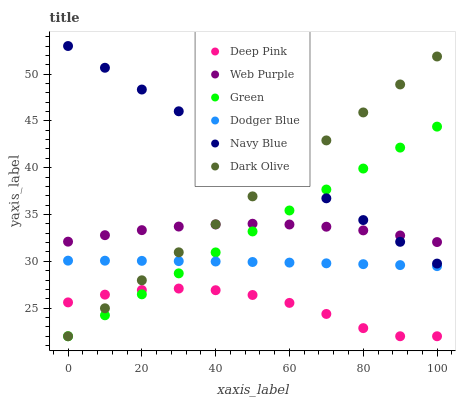
| xaxis_label | Deep Pink | Web Purple | Green | Dodger Blue | Navy Blue | Dark Olive |
 | --- | --- | --- | --- | --- | --- | --- |
 | 0 | 25.6 | 32.1 | 22 | 30.1 | 53 | 22 |
 | 10 | 26.4 | 32.8 | 24.2 | 30.1 | 50.7 | 25 |
 | 20 | 26.9 | 33.3 | 26.5 | 30.1 | 48.4 | 28 |
 | 30 | 27.1 | 33.7 | 28.7 | 30 | 46 | 31 |
 | 40 | 26.9 | 33.9 | 31 | 30 | 43.7 | 34 |
 | 50 | 26.4 | 34 | 33.2 | 29.9 | 41.4 | 36.9 |
 | 60 | 25.6 | 33.9 | 35.4 | 29.9 | 39.1 | 39.9 |
 | 70 | 24.4 | 33.7 | 37.7 | 29.8 | 36.7 | 42.9 |
 | 80 | 22.9 | 33.3 | 39.9 | 29.7 | 34.4 | 45.9 |
 | 90 | 22 | 32.8 | 42.2 | 29.6 | 32.1 | 48.9 |
 | 100 | 22 | 32.1 | 44.4 | 29.5 | 29.8 | 51.9 |